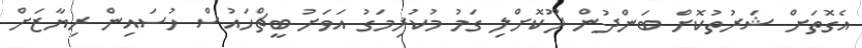
އެގޮތަށް ޝަރުތުކޮށް ބަންދުން ދޫކޮށްލި ގަމު މުކުރިމަގު އަވަށު ބީޗްހައުސް ހުސައިން ރިޔާޒަށް